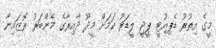
މީގެ އިތުރު ޑެޕިއުޓީ ޕީޖީ ލީޑަރު ކަމަށް މީދޫ ދާއިރާގެ މެންބަރު ރޮޒައިނާ